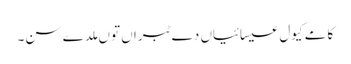
کامے کیول عیسائیاں دے ٹبراں توں ملدے سن۔